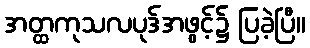
အတ္ထကုသလပုဒ်အဖွင့်၌ ပြခဲ့ပြီ။